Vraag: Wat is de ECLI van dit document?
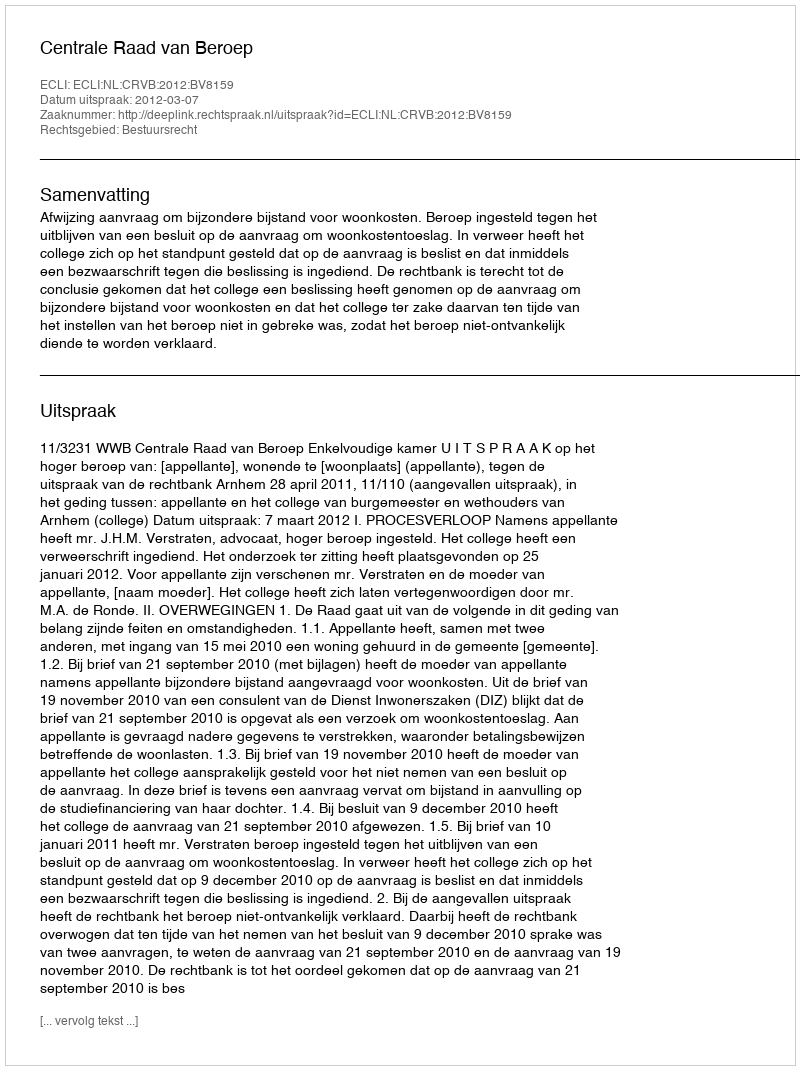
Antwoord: ECLI:NL:CRVB:2012:BV8159